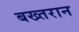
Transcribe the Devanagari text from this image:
बख्तरान